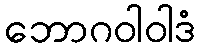
ဘောဂဝါဝါဒံ